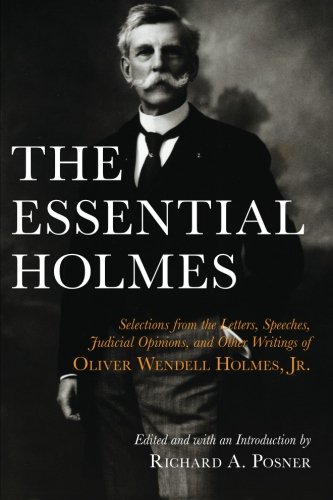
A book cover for The Essential Holmes: Selections from the Letters, Speeches, Judicial Opinions, and Other Writings of Oliver Wendell Holmes, Jr.; Oliver Wendell Holmes; Law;